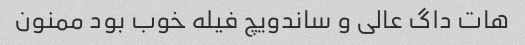
هات داگ عالی و ساندویچ فیله خوب بود ممنون